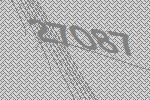
27087